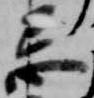
忌